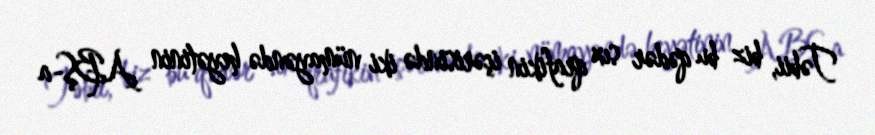
Təbii, biz bu qədər sıx qrafikin içərisində iki nümayəndə heyətinin ABŞ-a